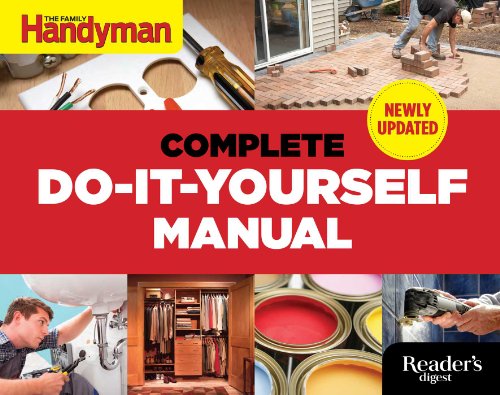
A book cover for The Complete Do-it-Yourself Manual Newly Updated; Editors Of Family Handyman; Engineering & Transportation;